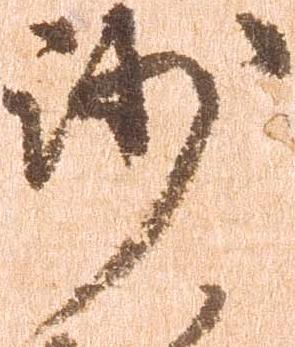
沙